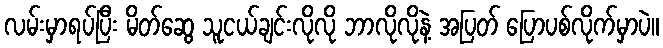
လမ်းမှာရပ်ပြီး မိတ်ဆွေ သူငယ်ချင်းလိုလို ဘာလိုလိုနဲ့ အပြတ် ပြောပစ်လိုက်မှာပဲ။